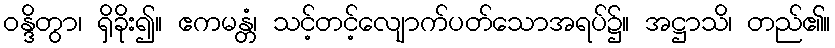
ဝန္ဒိတွာ၊ ရှိခိုး၍။ ဧကမန္တံ၊ သင့်တင့်လျောက်ပတ်သောအရပ်၌။ အဋ္ဌာသိ၊ တည်၏။